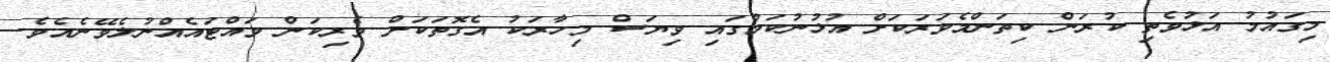
މިގައުމު އަޅުވެތި ކުރަން ކިތަންމެވަރަކަށް އުޅުނުކަމުގައި ވިޔަސް މިހާރަކު އެގޮތަކަށް ވެރިކަން ވައްޓައެއްނުލެވޭނެއެވެ.